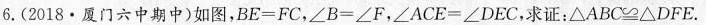
6.(2018·厦门六中期中)如图，BE=FC，∠B=∠F，∠ACE=∠DEC，求证：△ABC≌△DFE.